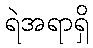
ရဲအရာရှိ